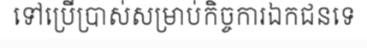
ទៅប្រើប្រាស់សម្រាប់កិច្ចការឯកជនទេ